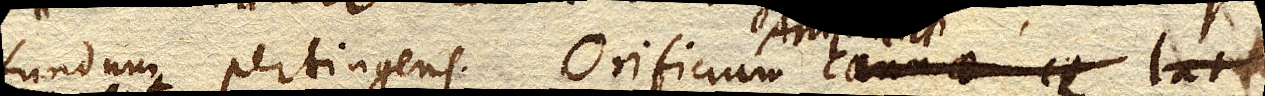
fundum pertingens. Orificium Ampullae